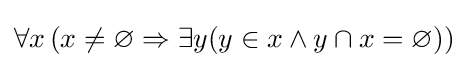
\forall x\,(x\neq \varnothing \Rightarrow \exists y(y\in x\land y\cap x=\varnothing ))